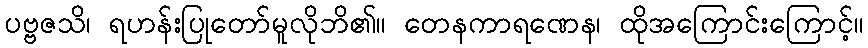
ပဗ္ဗဇသိ၊ ရဟန်းပြုတော်မူလိုဘိ၏။ တေနကာရဏေန၊ ထိုအကြောင်းကြောင့်။